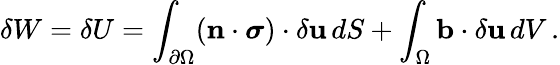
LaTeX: \delta W=\delta U=\int_{\partial\Omega}(\mathbf{n}\cdot{\boldsymbol{\sigma}})\cdot\delta\mathbf{u}\, dS+\int_{\Omega}\mathbf{b}\cdot\delta\mathbf{u}\, dV\, .